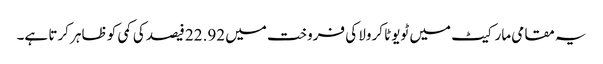
یہ مقامی مارکیٹ میں ٹویوٹا کرولا کی فروخت میں 22.92 فیصد کی کمی کو ظاہر کرتا ہے۔